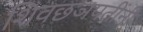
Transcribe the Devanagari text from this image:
शिवछञपतींनी